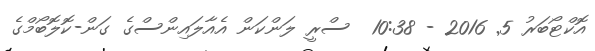
އޮކްޓޯބަރު 5